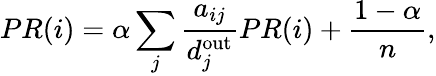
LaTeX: PR(i)=\alpha\sum_{j}\frac{a_{ij}}{d_{j}^{\mathrm{out}}}PR(i)+\frac{1-\alpha}{n},